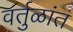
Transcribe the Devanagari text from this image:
वर्तुळांत